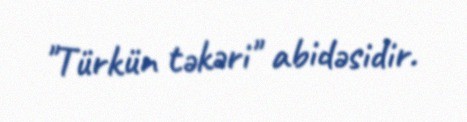
"Türkün təkəri" abidəsidir.